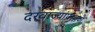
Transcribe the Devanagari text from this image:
दरवाज्यांप्रमाणे